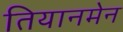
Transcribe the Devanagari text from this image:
तियानमेन